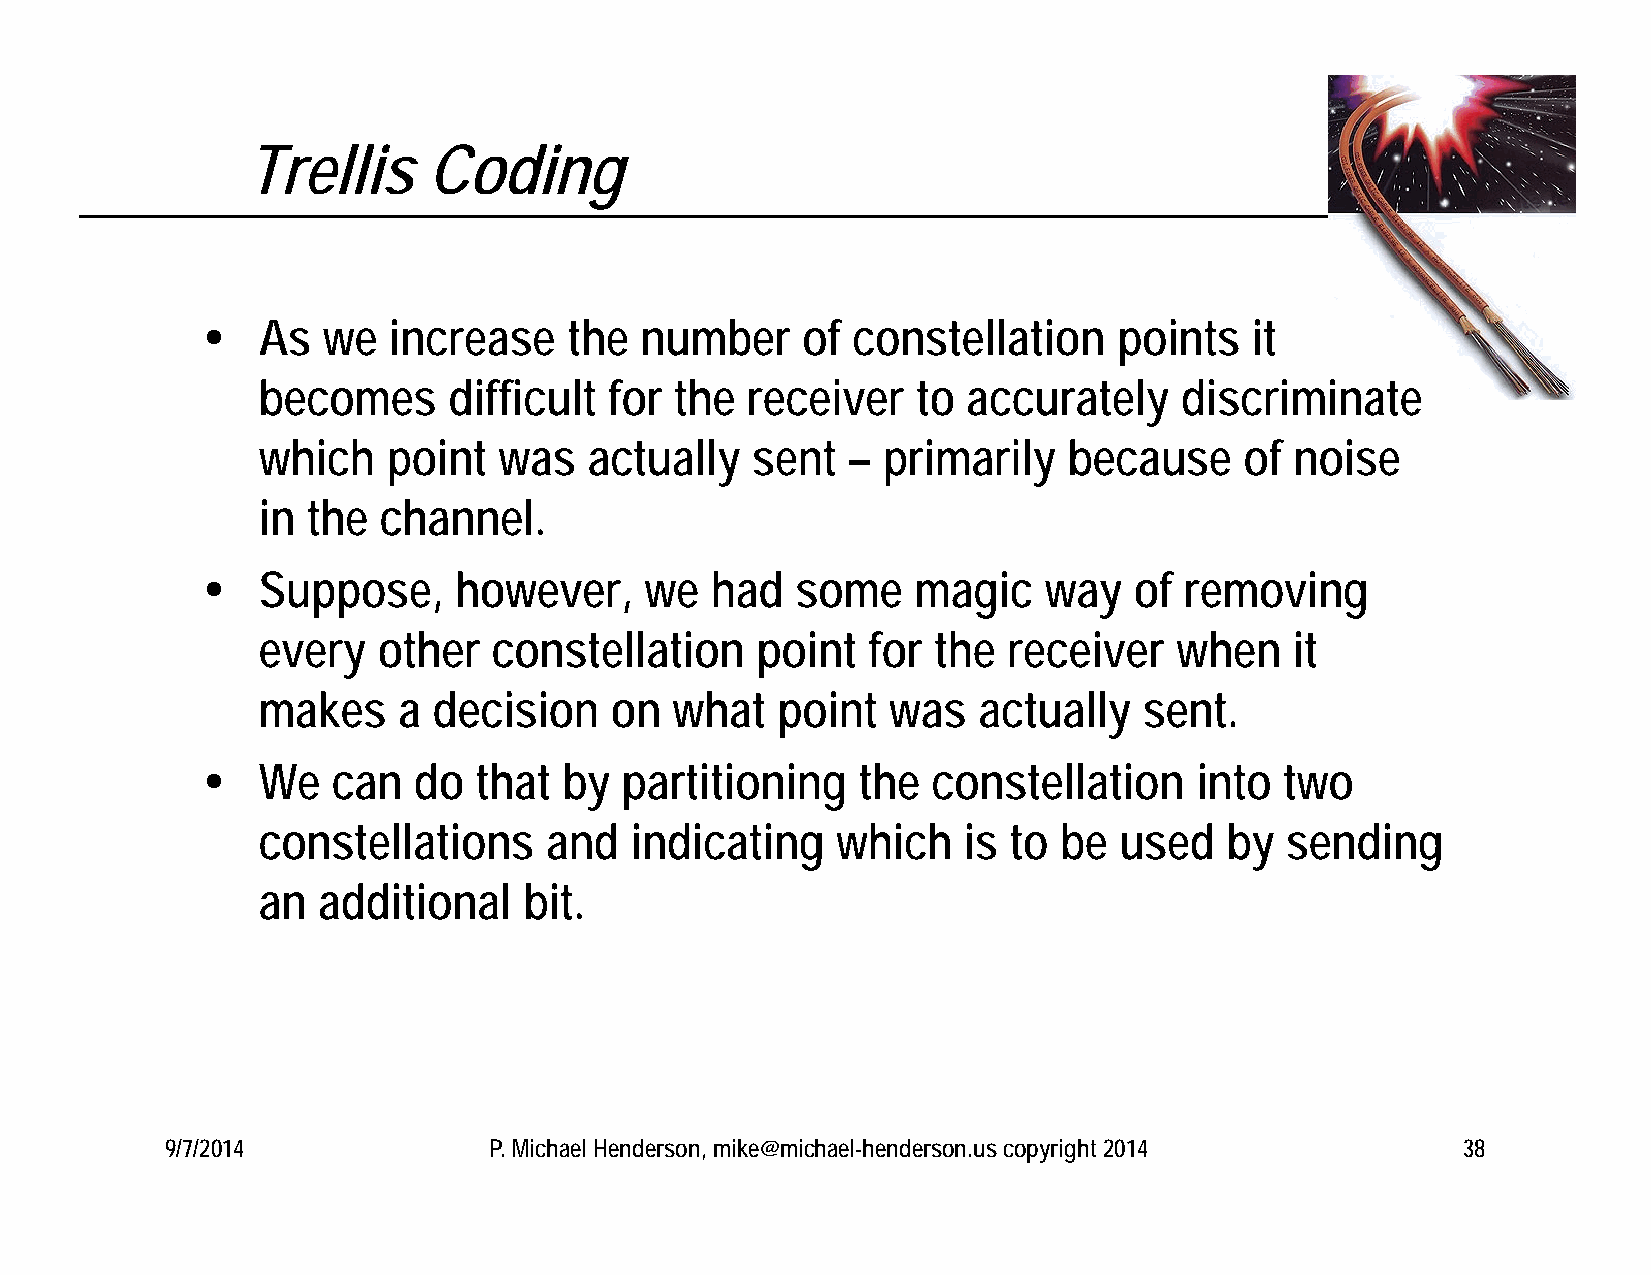
Trellis     Coding
    As  we   increase    the number     of constellation     points   it
 becomes      difficult for  the receiver    to accurately    discriminate
 which    point  was   actually   sent  – primarily    because    of  noise
 in the  channel.
    Suppose,     however,     we  had   some    magic   way   of removing
 every   other   constellation    point  for  the  receiver   when    it
 makes    a  decision   on  what   point   was   actually   sent.
    We   can  do  that  by  partitioning    the  constellation    into  two
 constellations     and   indicating   which    is to be  used   by  sending
 an  additional    bit.
 9/7/2014             P. Michael Henderson, mike@michael-henderson.us copyright 2014   38